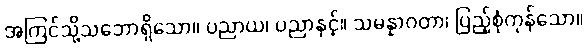
အကြင်သို့သဘောရှိသော။ ပညာယ၊ ပညာနှင့်။ သမန္နာဂတာ၊ ပြည့်စုံကုန်သော။